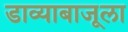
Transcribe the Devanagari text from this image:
डाव्याबाजूला